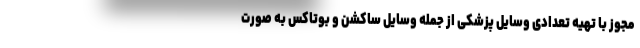
مجوز با تهیه تعدادی وسایل پزشکی از جمله وسایل ساکشن و بوتاکس به صورت